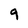
Character: 9